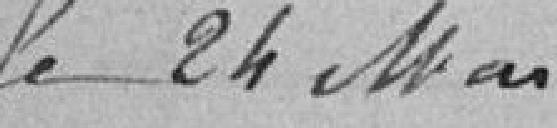
le 24 mai